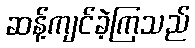
ဆန့်ကျင်ခဲ့ကြသည်